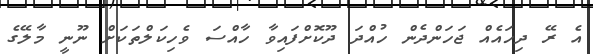
އެ ރޭ ދިހައެއް ޖަހަންދެން ހުއްދަ ދޫކޮށްފައިވާ ހާއްސަ ވެހިކަލްތަކަށް ނޫނީ މާލޭގެ